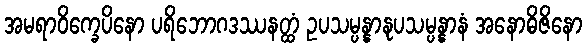
အမရာဝိက္ခေပိနော ပရိဘောဂဒဿနတ္ထံ ဥပသမ္ပန္နာနုပသမ္ပန္နာနံ အနောဓိဇိနော